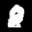
Label: 8